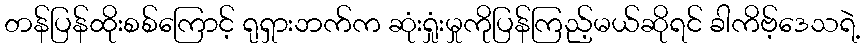
တန်ပြန်ထိုးစစ်ကြောင့် ရုရှားဘက်က ဆုံးရှုံးမှုကိုပြန်ကြည့်မယ်ဆိုရင် ခါကိဗ့်ဒေသရဲ့